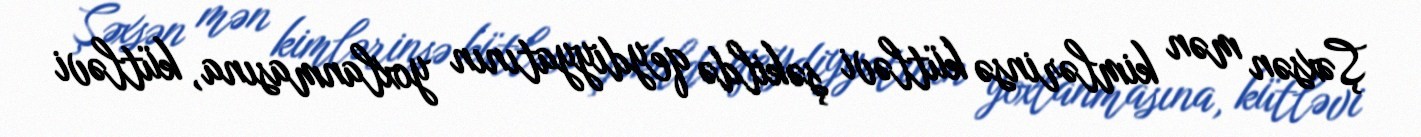
Şəxsən mən kimlərinsə kütləvi şəkildə qeydiyyatının yoxlanmasına, kütləvi